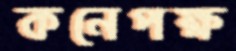
কনেপক্ষ